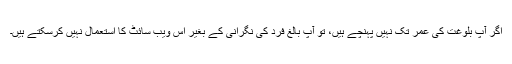
اگر آپ بلوغت کی عمر تک نہیں پہنچے ہیں، تو آپ بالغ فرد کی نگرانی کے بغیر اس ویب سائٹ کا استعمال نہیں کرسکتے ہیں۔